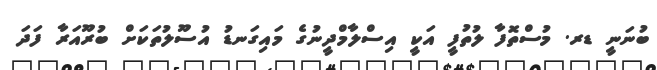
ބުނަނީ ޑރ. މުސްތޮފާ ލުތުފީ އަކީ އިސްލާމްދީނުގެ މައިގަނޑު އުސޫލުތަކަށް ބުރޫއަރާ ފަދަ